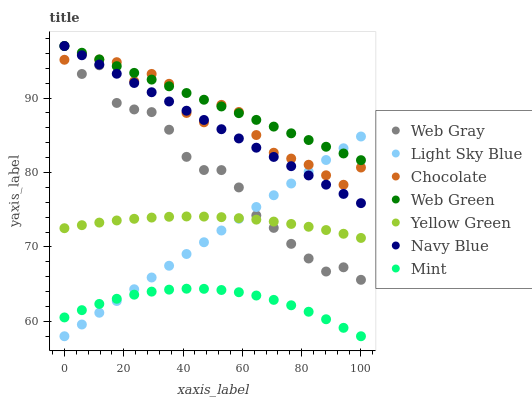
| xaxis_label | Web Gray | Light Sky Blue | Chocolate | Web Green | Yellow Green | Navy Blue | Mint |
 | --- | --- | --- | --- | --- | --- | --- | --- |
 | 0 | 97 | 58 | 95.2 | 97 | 72.5 | 97 | 60.5 |
 | 5.88 | 93.2 | 59.6 | 95.9 | 96.1 | 72.9 | 95.8 | 61.5 |
 | 11.8 | 94.4 | 61.2 | 95.2 | 95.2 | 73.3 | 94.5 | 62.3 |
 | 17.6 | 89.3 | 62.7 | 94.8 | 94.3 | 73.6 | 93.3 | 63 |
 | 23.5 | 88.5 | 64.3 | 92.3 | 93.4 | 73.8 | 92 | 63.6 |
 | 29.4 | 88.1 | 65.9 | 93.2 | 92.5 | 73.9 | 90.8 | 64 |
 | 35.3 | 85.8 | 67.5 | 91.9 | 91.6 | 74.1 | 89.5 | 64.3 |
 | 41.2 | 82.1 | 69.1 | 88 | 90.7 | 74.1 | 88.3 | 64.4 |
 | 47.1 | 80.3 | 70.6 | 86.7 | 89.8 | 74.1 | 87.1 | 64.4 |
 | 52.9 | 80.3 | 72.2 | 89.1 | 88.9 | 74 | 85.8 | 64.2 |
 | 58.8 | 78 | 73.8 | 88.1 | 88 | 73.9 | 84.6 | 63.9 |
 | 64.7 | 74.2 | 75.4 | 85 | 87.1 | 73.7 | 83.3 | 63.5 |
 | 70.6 | 72.6 | 76.9 | 82.7 | 86.2 | 73.4 | 82.1 | 62.9 |
 | 76.5 | 70.4 | 78.5 | 81.9 | 85.3 | 73.1 | 80.9 | 62.2 |
 | 82.4 | 68.5 | 80.1 | 81 | 84.4 | 72.7 | 79.6 | 61.3 |
 | 88.2 | 66.7 | 81.7 | 79.6 | 83.5 | 72.3 | 78.4 | 60.3 |
 | 94.1 | 67.3 | 83.3 | 78.4 | 82.6 | 71.8 | 77.1 | 59.1 |
 | 100 | 65.6 | 84.8 | 80.7 | 81.7 | 71.2 | 75.9 | 58 |